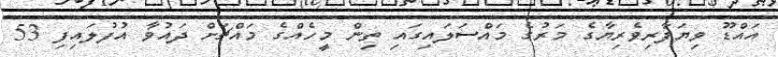
އައްޑޫ ވިޔަފާރިވެރިޔާގެ މަރުގެ މައްސަލައިގައި ތިން މީހެއްގެ މައްޗަށް ދައުވާ އުފުލައިފި 53